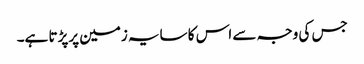
جس کی وجہ سے اس کا سایہ زمین پرپڑتا ہے۔